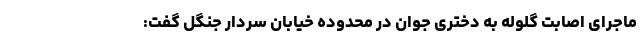
ماجرای اصابت گلوله به دختری جوان در محدوده خیابان سردار جنگل گفت: